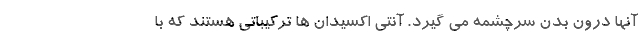
آنها درون بدن سرچشمه می گیرد. آنتی اکسیدان ها ترکیباتی هستند که با